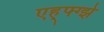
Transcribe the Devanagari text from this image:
एह्फ्ग्झे